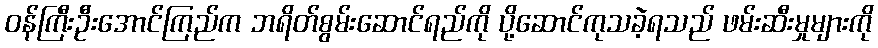
ဝန်ကြီးဦးအောင်ကြည်က ဘရိတ်စွမ်းဆောင်ရည်ကို ပို့ဆောင်ကုသခဲ့ရသည် ဖမ်းဆီးမှုများကို